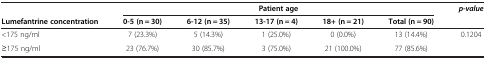
|  | <COLSPAN=5> Patient age | p-value |
 | Lumefantrine concentration | 0-5 (n = 30) | 6-12 (n = 35) | 13-17 (n = 4) | 18+ (n = 21) | Total (n = 90) |  |
 | --- | --- | --- | --- | --- | --- | --- |
 | <175 ng/ml | 7 (23.3%) | 5 (14.3%) | 1 (25.0%) | 0 (0.0%) | 13 (14.4%) | <ROWSPAN=2> 0.1204 |
 | ≥175 ng/ml | 23 (76.7%) | 30 (85.7%) | 3 (75.0%) | 21 (100.0%) | 77 (85.6%) |